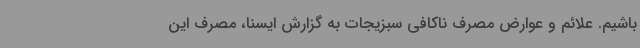
باشیم. علائم و عوارض مصرف ناکافی سبزیجات به گزارش ایسنا، مصرف این